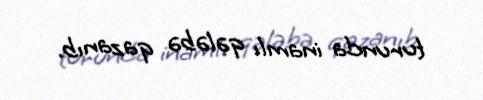
turunda inamlı qələbə qazanıb.